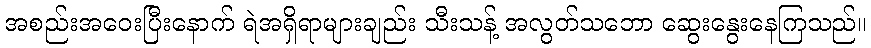
အစည်းအဝေးပြီးနောက် ရဲအရှိရာများချည်း သီးသန့် အလွတ်သဘော ဆွေးနွေးနေကြသည်။